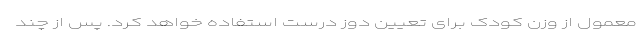
معمول از وزن کودک برای تعیین دوز درست استفاده خواهد کرد. پس از چند